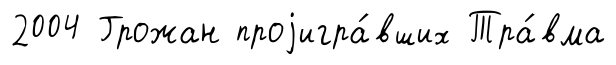
2004 Грожан проjигра́вших Тра́вма